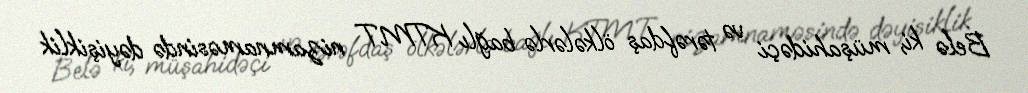
Belə ki, müşahidəçi və tərəfdaş ölkələrlə bağlı KTMT nizamnaməsində dəyişiklik